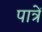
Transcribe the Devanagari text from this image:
पात्रें